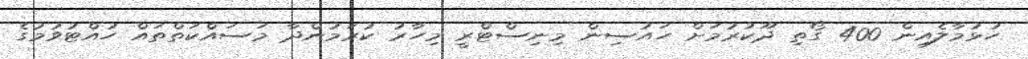
ހުޅުމާލެއިން 400 ގޯތި ދޫކުރުމަށް ހައުސިން މިނިސްޓްރީ މިހާރު ކުރަމުންދާ މަސައްކަތްތައް ހުއްޓުވުމުގެ